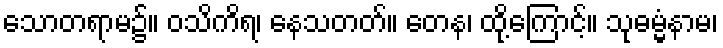
သောတရာမ၌။ ဝသိကိရ၊ နေသတတ်။ တေန၊ ထို့ကြောင့်။ သုဓမ္မံနာမ၊